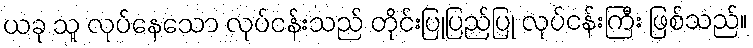
ယခု သူ လုပ်နေသော လုပ်ငန်းသည် တိုင်းပြုပြည်ပြု လုပ်ငန်းကြီး ဖြစ်သည်။